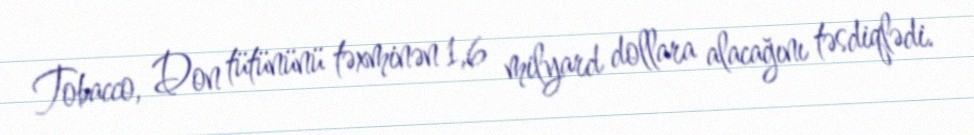
Tobacco, Don tütününü təxminən 1,6 milyard dollara alacağını təsdiqlədi.